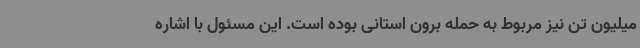
میلیون تن نیز مربوط به حمله برون استانی بوده است. این مسئول با اشاره